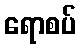
ရောစပ်